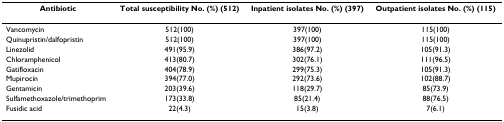
<table><thead><tr><td><b>Antibiotic</b></td><td><b>Total susceptibility No. (%) (512)</b></td><td><b>Inpatient isolates No. (%) (397)</b></td><td><b>Outpatient isolates No. (%) (115)</b></td></tr></thead><tbody><tr><td>Vancomycin</td><td>512(100)</td><td>397(100)</td><td>115(100)</td></tr><tr><td>Quinupristin/dalfopristin</td><td>512(100)</td><td>397(100)</td><td>115(100)</td></tr><tr><td>Linezolid</td><td>491(95.9)</td><td>386(97.2)</td><td>105(91.3)</td></tr><tr><td>Chloramphenicol</td><td>413(80.7)</td><td>302(76.1)</td><td>111(96.5)</td></tr><tr><td>Gatifloxacin</td><td>404(78.9)</td><td>299(75.3)</td><td>105(91.3)</td></tr><tr><td>Mupirocin</td><td>394(77.0)</td><td>292(73.6)</td><td>102(88.7)</td></tr><tr><td>Gentamicin</td><td>203(39.6)</td><td>118(29.7)</td><td>85(73.9)</td></tr><tr><td>Sulfamethoxazole/trimethoprim</td><td>173(33.8)</td><td>85(21.4)</td><td>88(76.5)</td></tr><tr><td>Fusidic acid</td><td>22(4.3)</td><td>15(3.8)</td><td>7(6.1)</td></tr></tbody></table>